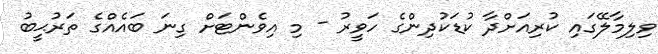
ވިލިމާލޭގައި ކުރިއަށްދާ ކުޑަކުދިންގެ ހަވީރު - މި އިވެންޓަށް ގިނަ ބައެއްގެ ތަރުޙީބު